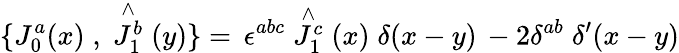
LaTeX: \{ J_{0}^{a}(x)\; ,\; \stackrel{\wedge}{J_{1}^{b}}(y)\} =\, \epsilon^{abc}\stackrel{\wedge}{J_{1}^{c}}(x)\; \delta(x-y)\, -2\delta^{ab}\; \delta^{\prime}(x-y)